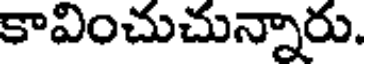
కావించుచున్నారు.